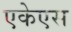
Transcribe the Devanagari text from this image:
एकेएस